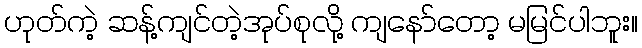
ဟုတ်ကဲ့ ဆန့်ကျင်တဲ့အုပ်စုလို့ ကျနော်တော့ မမြင်ပါဘူး။